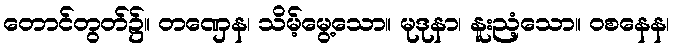
တောင်တွတ်၌။ တဏှေန၊ သိမ့်မွေ့သော။ မုဒုနာ၊ နူးညံ့သော။ ဝစနေန၊